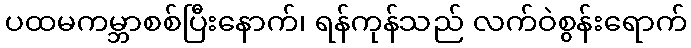
ပထမကမ္ဘာစစ်ပြီးနောက်၊ ရန်ကုန်သည် လက်ဝဲစွန်းရောက်